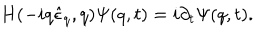
H ( - i q \hat { \epsilon } _ { q } , q ) \Psi ( q , t ) = i \partial _ { t } \Psi ( q , t ) .